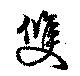
双